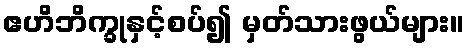
ဧဟိဘိက္ခုနှင့်စပ်၍ မှတ်သားဖွယ်များ။